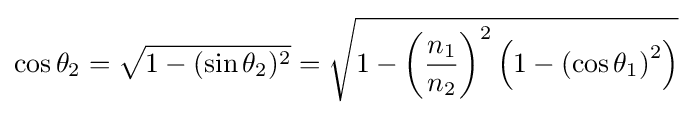
\cos \theta _{2}={\sqrt {1-(\sin \theta _{2})^{2}}}={\sqrt {1-\left({\frac {n_{1}}{n_{2}}}\right)^{2}\left(1-\left(\cos \theta _{1}\right)^{2}\right)}}